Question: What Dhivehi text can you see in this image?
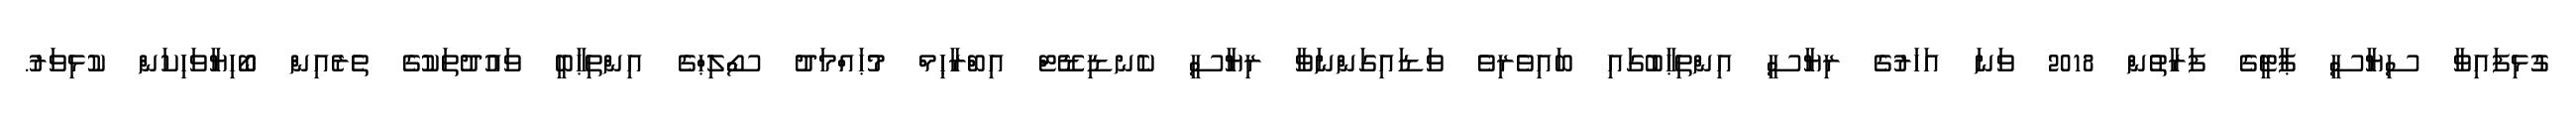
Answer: ގުޅިފައިވާ ސިޔާސީ ޕާޓީގެ ފަރާތުން 2018 ވަނަ އަހަރުގެ ރިޔާސީ އިންތިޙާބުގައި ބައިވެރިވެ ވަޑައިގަންނަވާ ރިޔާސީ ކެނޑިޑޭޓް އިބްރާޙިމް މުޙައްމަދު ސޯލިޙްގެ އިންތިޙާބީ ވައުދުތަކުގެ ތެރެއިން ބޯހިޔާވަހިކަން ކުޅިވަރު.